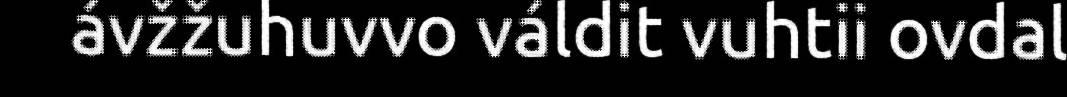
ávžžuhuvvo váldit vuhtii ovdal